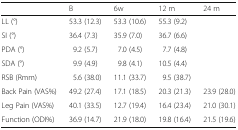
|  | B | 6w | 12 m | 24 m |
 | --- | --- | --- | --- | --- |
 | LL (°) | 53.3 (12.3) | 53.3 (10.6) | 55.3 (9.2) | <ROWSPAN=5>  |
 | SI (°) | 36.4 (7.3) | 35.9 (7.0) | 36.7 (6.6) |
 | PDA (°) | 9.2 (5.7) | 7.0 (4.5) | 7.7 (4.8) |
 | SDA (°) | 9.9 (4.9) | 9.8 (4.1) | 10.5 (4.4) |
 | RSB (Rmm) | 5.6 (38.0) | 11.1 (33.7) | 9.5 (38.7) |
 | Back Pain (VAS%) | 49.2 (27.4) | 17.1 (18.5) | 20.3 (21.3) | 23.9 (28.0) |
 | Leg Pain (VAS%) | 40.1 (33.5) | 12.7 (19.4) | 16.4 (23.4) | 21.0 (30.1) |
 | Function (ODI%) | 36.9 (14.7) | 21.9 (18.0) | 19.8 (16.4) | 21.5 (19.6) |